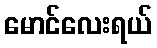
မောင်လေးရယ်